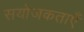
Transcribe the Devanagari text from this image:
सयोजकताएँ